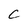
Character: C